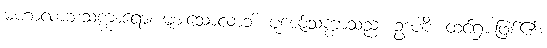
မဟာလာဘသက္ကာရော၊ များသောလာဘ် ပူဇော်သက္ကာသည်။ ဥဒပါဒိ၊ ထင်ရှားဖြစ်၏။